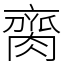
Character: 䐡